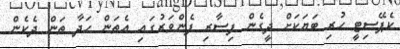
ކެޕޭސިޓީ ހުރި ބަޔަކަށް ދީގެން ފިސާރި ފެންވަރުގައި އެތަން ހަދާ ތަން ދެކެން